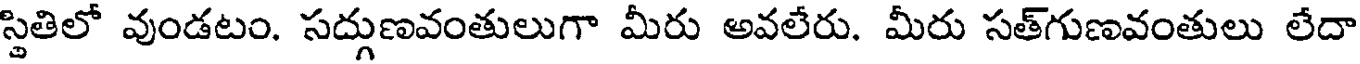
స్థితిలో వుండటం. సద్గుణవంతులుగా మీరు అవలేరు. మీరు సత్గుణవంతులు లేదా